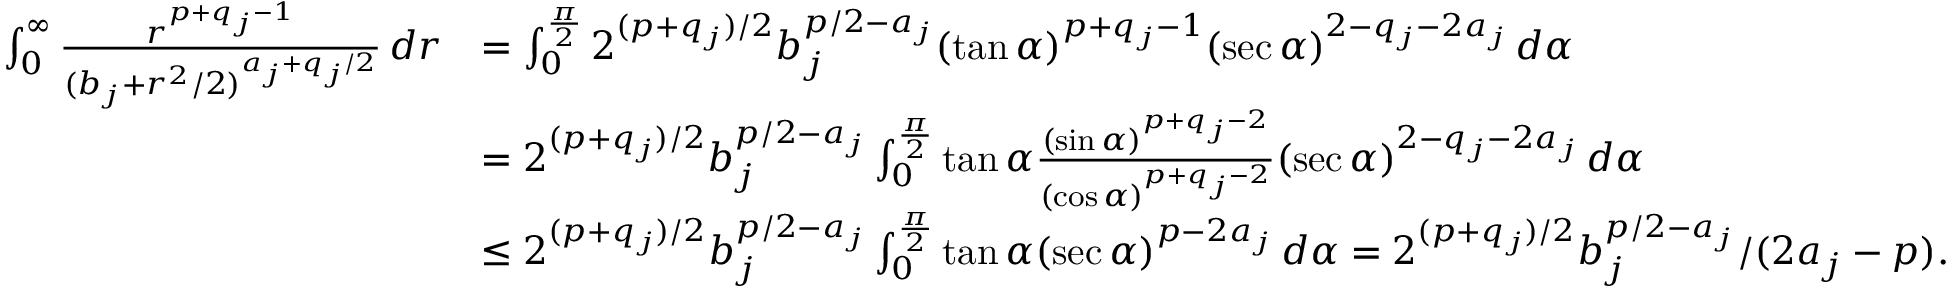
\begin{array} { r l } { \int _ { 0 } ^ { \infty } \frac { r ^ { p + q _ { j } - 1 } } { ( b _ { j } + r ^ { 2 } / 2 ) ^ { a _ { j } + q _ { j } / 2 } } \, d r } & { = \int _ { 0 } ^ { \frac { \pi } { 2 } } 2 ^ { ( p + q _ { j } ) / 2 } b _ { j } ^ { p / 2 - a _ { j } } ( \tan \alpha ) ^ { p + q _ { j } - 1 } ( \sec \alpha ) ^ { 2 - q _ { j } - 2 a _ { j } } \, d \alpha } \\ & { = 2 ^ { ( p + q _ { j } ) / 2 } b _ { j } ^ { p / 2 - a _ { j } } \int _ { 0 } ^ { \frac { \pi } { 2 } } \tan \alpha \frac { ( \sin \alpha ) ^ { p + q _ { j } - 2 } } { ( \cos \alpha ) ^ { p + q _ { j } - 2 } } ( \sec \alpha ) ^ { 2 - q _ { j } - 2 a _ { j } } \, d \alpha } \\ & { \le 2 ^ { ( p + q _ { j } ) / 2 } b _ { j } ^ { p / 2 - a _ { j } } \int _ { 0 } ^ { \frac { \pi } { 2 } } \tan \alpha ( \sec \alpha ) ^ { p - 2 a _ { j } } \, d \alpha = 2 ^ { ( p + q _ { j } ) / 2 } b _ { j } ^ { p / 2 - a _ { j } } / ( 2 a _ { j } - p ) . } \end{array}